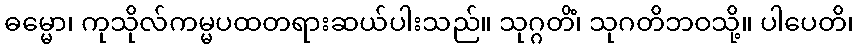
ဓမ္မော၊ ကုသိုလ်ကမ္မပထတရားဆယ်ပါးသည်။ သုဂ္ဂတိံ၊ သုဂတိဘဝသို့။ ပါပေတိ၊